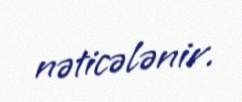
nəticələnir.